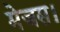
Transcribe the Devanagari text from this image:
मेजस।